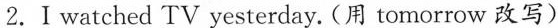
2.I watched TV yesterday. (用 tomorrow 改写)